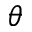
\theta